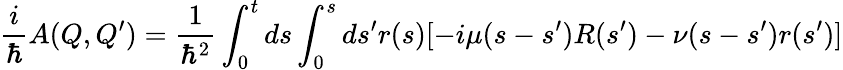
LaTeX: \frac{i}{\hbar}A(Q,Q^{\prime})=\frac{1}{\hbar^{2}}\int_{0}^{t}ds\int_{0}^{s}ds^{\prime}r(s)[-i\mu(s-s^{\prime})R(s^{\prime})-\nu(s-s^{\prime})r(s^{\prime})]